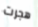
هجرت